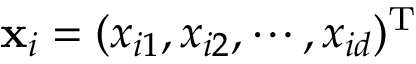
\mathbf { x } _ { i } = ( x _ { i 1 } , x _ { i 2 } , \cdots , x _ { i d } ) ^ { \mathrm { T } }